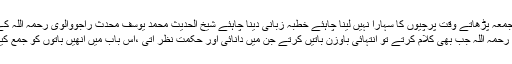
۲:خطیب کو جمعہ پڑھاتے وقت پرچیوں کا سہارا نہیں لینا چاہئے خطبہ زبانی دینا چاہئے شیخ الحدیث محمد یوسف محدث راجووالوی رحمہ اللہ کے قیمتی اقوال
بابا جی رحمہ اللہ جب بھی کلام کرتے تو انتہائی باوزن باتیں کرتے جن میں دانائی اور حکمت نظر آتی ،اس باب میں انھیں باتوں کو جمع کیا جا رہا ہے ۔